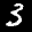
Label: 3